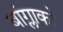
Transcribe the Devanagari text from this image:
बांग्लाको